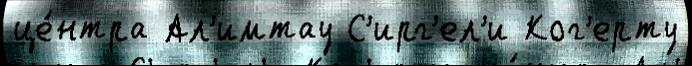
це́нтра Ал'имтау С'ирг'ел'и Ког'ерту